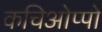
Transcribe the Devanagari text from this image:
कचिओप्पो